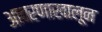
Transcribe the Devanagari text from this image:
आवरणाखालून